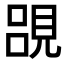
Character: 𮗔